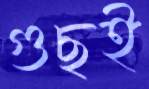
গুছই